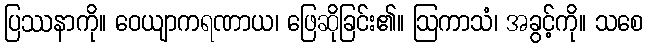
ပြဿနာကို။ ဝေယျာကရဏာယ၊ ဖြေဆိုခြင်း၏။ ဩကာသံ၊ အခွင့်ကို။ သစေ